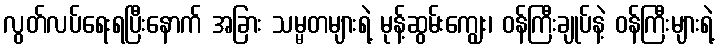
လွတ်လပ်ရေးရပြီးနောက် အခြား သမ္မတများရဲ့ မုန့်ဆွမ်းကျွေး၊ ဝန်ကြီးချုပ်နဲ့ ဝန်ကြီးများရဲ့